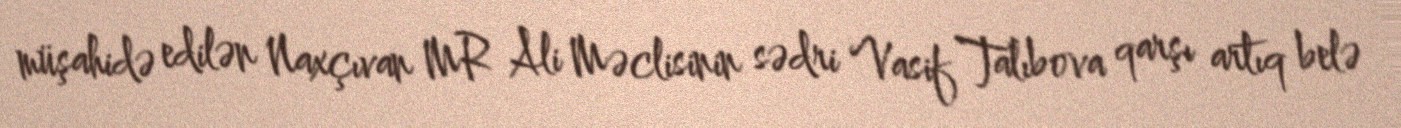
müşahidə edilən Naxçıvan MR Ali Məclisinin sədri Vasif Talıbova qarşı artıq belə